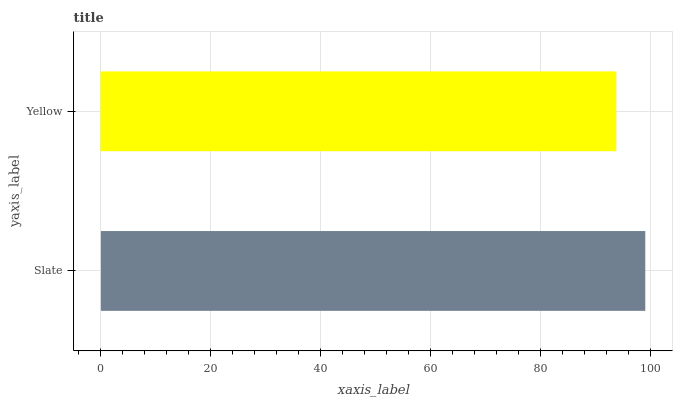
| yaxis_label | bars |
 | --- | --- |
 | Slate | 99 |
 | Yellow | 93.8 |